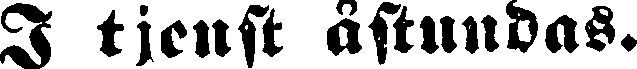
I tjenst åstundas.